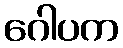
ဂေါပက